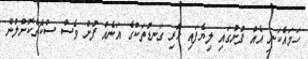
ހަމައެކަނި އެއް ފުށުގައި ލިޔެފައި ހުރި ގަނޑުތަކުގެ އަނެއް ފުށް ވެސް ސްކެޗްކޮށްލުން